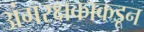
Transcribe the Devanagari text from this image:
अंगरक्षकाकडून